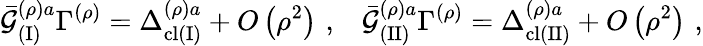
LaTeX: {\bar{{\cal G}}}_{(\mathrm{I})}^{\left(\rho\right)a}\Gamma^{\left(\rho\right)}=\Delta_{\mathrm{cl}(\mathrm{I})}^{\left(\rho\right)a}+O\left(\rho^{2}\right)\, \, ,\; \; \; {\bar{{\cal G}}}_{(\mathrm{II})}^{\left(\rho\right)a}\Gamma^{\left(\rho\right)}=\Delta_{\mathrm{cl}(\mathrm{II})}^{\left(\rho\right)a}+O\left(\rho^{2}\right)\, \, ,